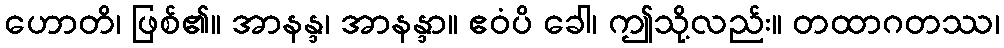
ဟောတိ၊ ဖြစ်၏။ အာနန္ဒ၊ အာနန္ဒာ။ ဧဝံပိ ခေါ၊ ဤသို့လည်း။ တထာဂတဿ၊